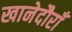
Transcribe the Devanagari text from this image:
खानेदौराँ